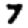
Digit: 7